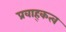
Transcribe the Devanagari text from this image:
प्रवाह्कत्व